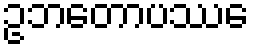
ဥဘတောပဿေ